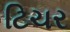
ટિચર